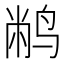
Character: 𫛮